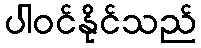
ပါဝင်နိုင်သည်